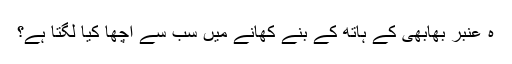
ہ عنبر بھابھی کے ہاتھ کے بنے کھانے میں سب سے اچھا کیا لگتا ہے؟